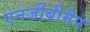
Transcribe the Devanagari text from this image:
एनजीबीमैप